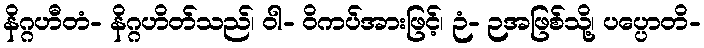
နိဂ္ဂဟီတံ- နိဂ္ဂဟိတ်သည်၊ ဝါ- ဝိကပ်အားဖြင့်၊ ဉံ- ဉအဖြစ်သို့၊ ပပ္ပောတိ-